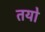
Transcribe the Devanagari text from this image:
तयो